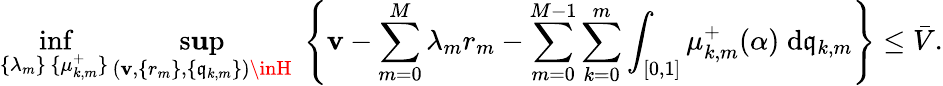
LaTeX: \operatorname*{inf}_{\substack{\{ \lambda_{m}\} \, \{ \mu_{k,m}^{+}\} }}\operatorname*{s\mathbf{u}p}_{(\mathbf{v},\{ r_{m}\} ,\{ \mathfrak{{q}}_{k,m}\} )\inH}\; \left\{ \mathbf{v}-\sum_{m=0}^{M}\lambda_{m}r_{m}-\sum_{m=0}^{M-1}\sum_{k=0}^{m}\int_{[0,1]}\mu_{k,m}^{+}(\alpha)\; \mathrm{{d}}\mathfrak{{q}}_{k,m}\right\} \leq\bar{{V}}.